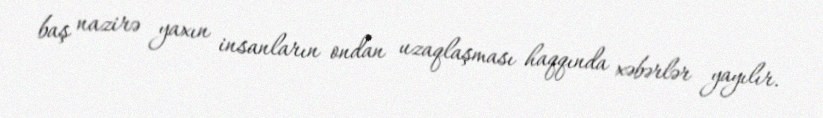
baş nazirə yaxın insanların ondan uzaqlaşması haqqında xəbərlər yayılır.